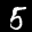
Label: 5